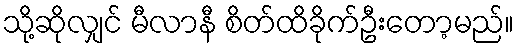
သို့ဆိုလျှင် မီလာနီ စိတ်ထိခိုက်ဦးတော့မည်။